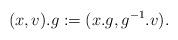
LaTeX: \begin{align*} (x, v). g:=(x.g, g^{-1}.v). \end{align*}